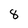
Character: 8